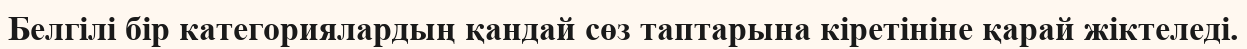
Белгілі бір категориялардың қандай сөз таптарына кіретініне қарай жіктеледі.